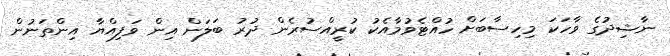
ނާޝިދުގެ ވާހަކަ މިހިސާބަށް ހުއްޓެވުމާއެކު ކުރީއްސުރެން ދުރު ބަލަން އިން ވަފިއްޔާ އިންތަނުން